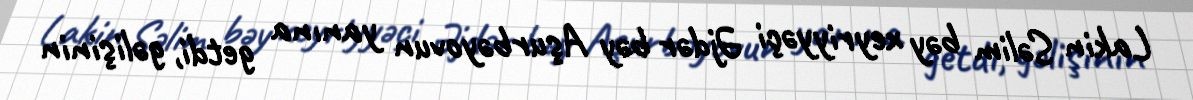
Lakin Səlim bəy xeyriyyəçi Əjdər bəy Aşurbəyovun yanına getdi, gəlişinin